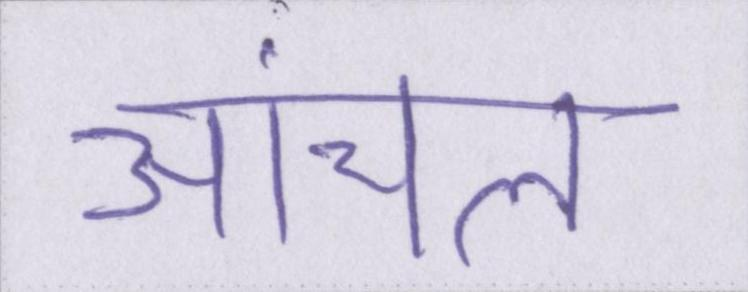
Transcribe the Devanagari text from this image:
आंचल